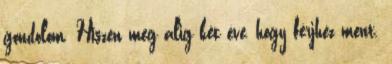
gondolom. Hiszen még alig két éve, hogy férjhez ment.